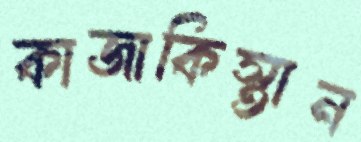
কাজাকিস্তান